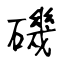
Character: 磯